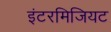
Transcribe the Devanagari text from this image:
इंटरमिजियट